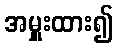
အမှူးထား၍